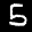
Label: 5